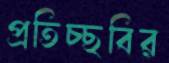
প্রতিচ্ছবির